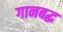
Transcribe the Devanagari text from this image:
गानबद्ध